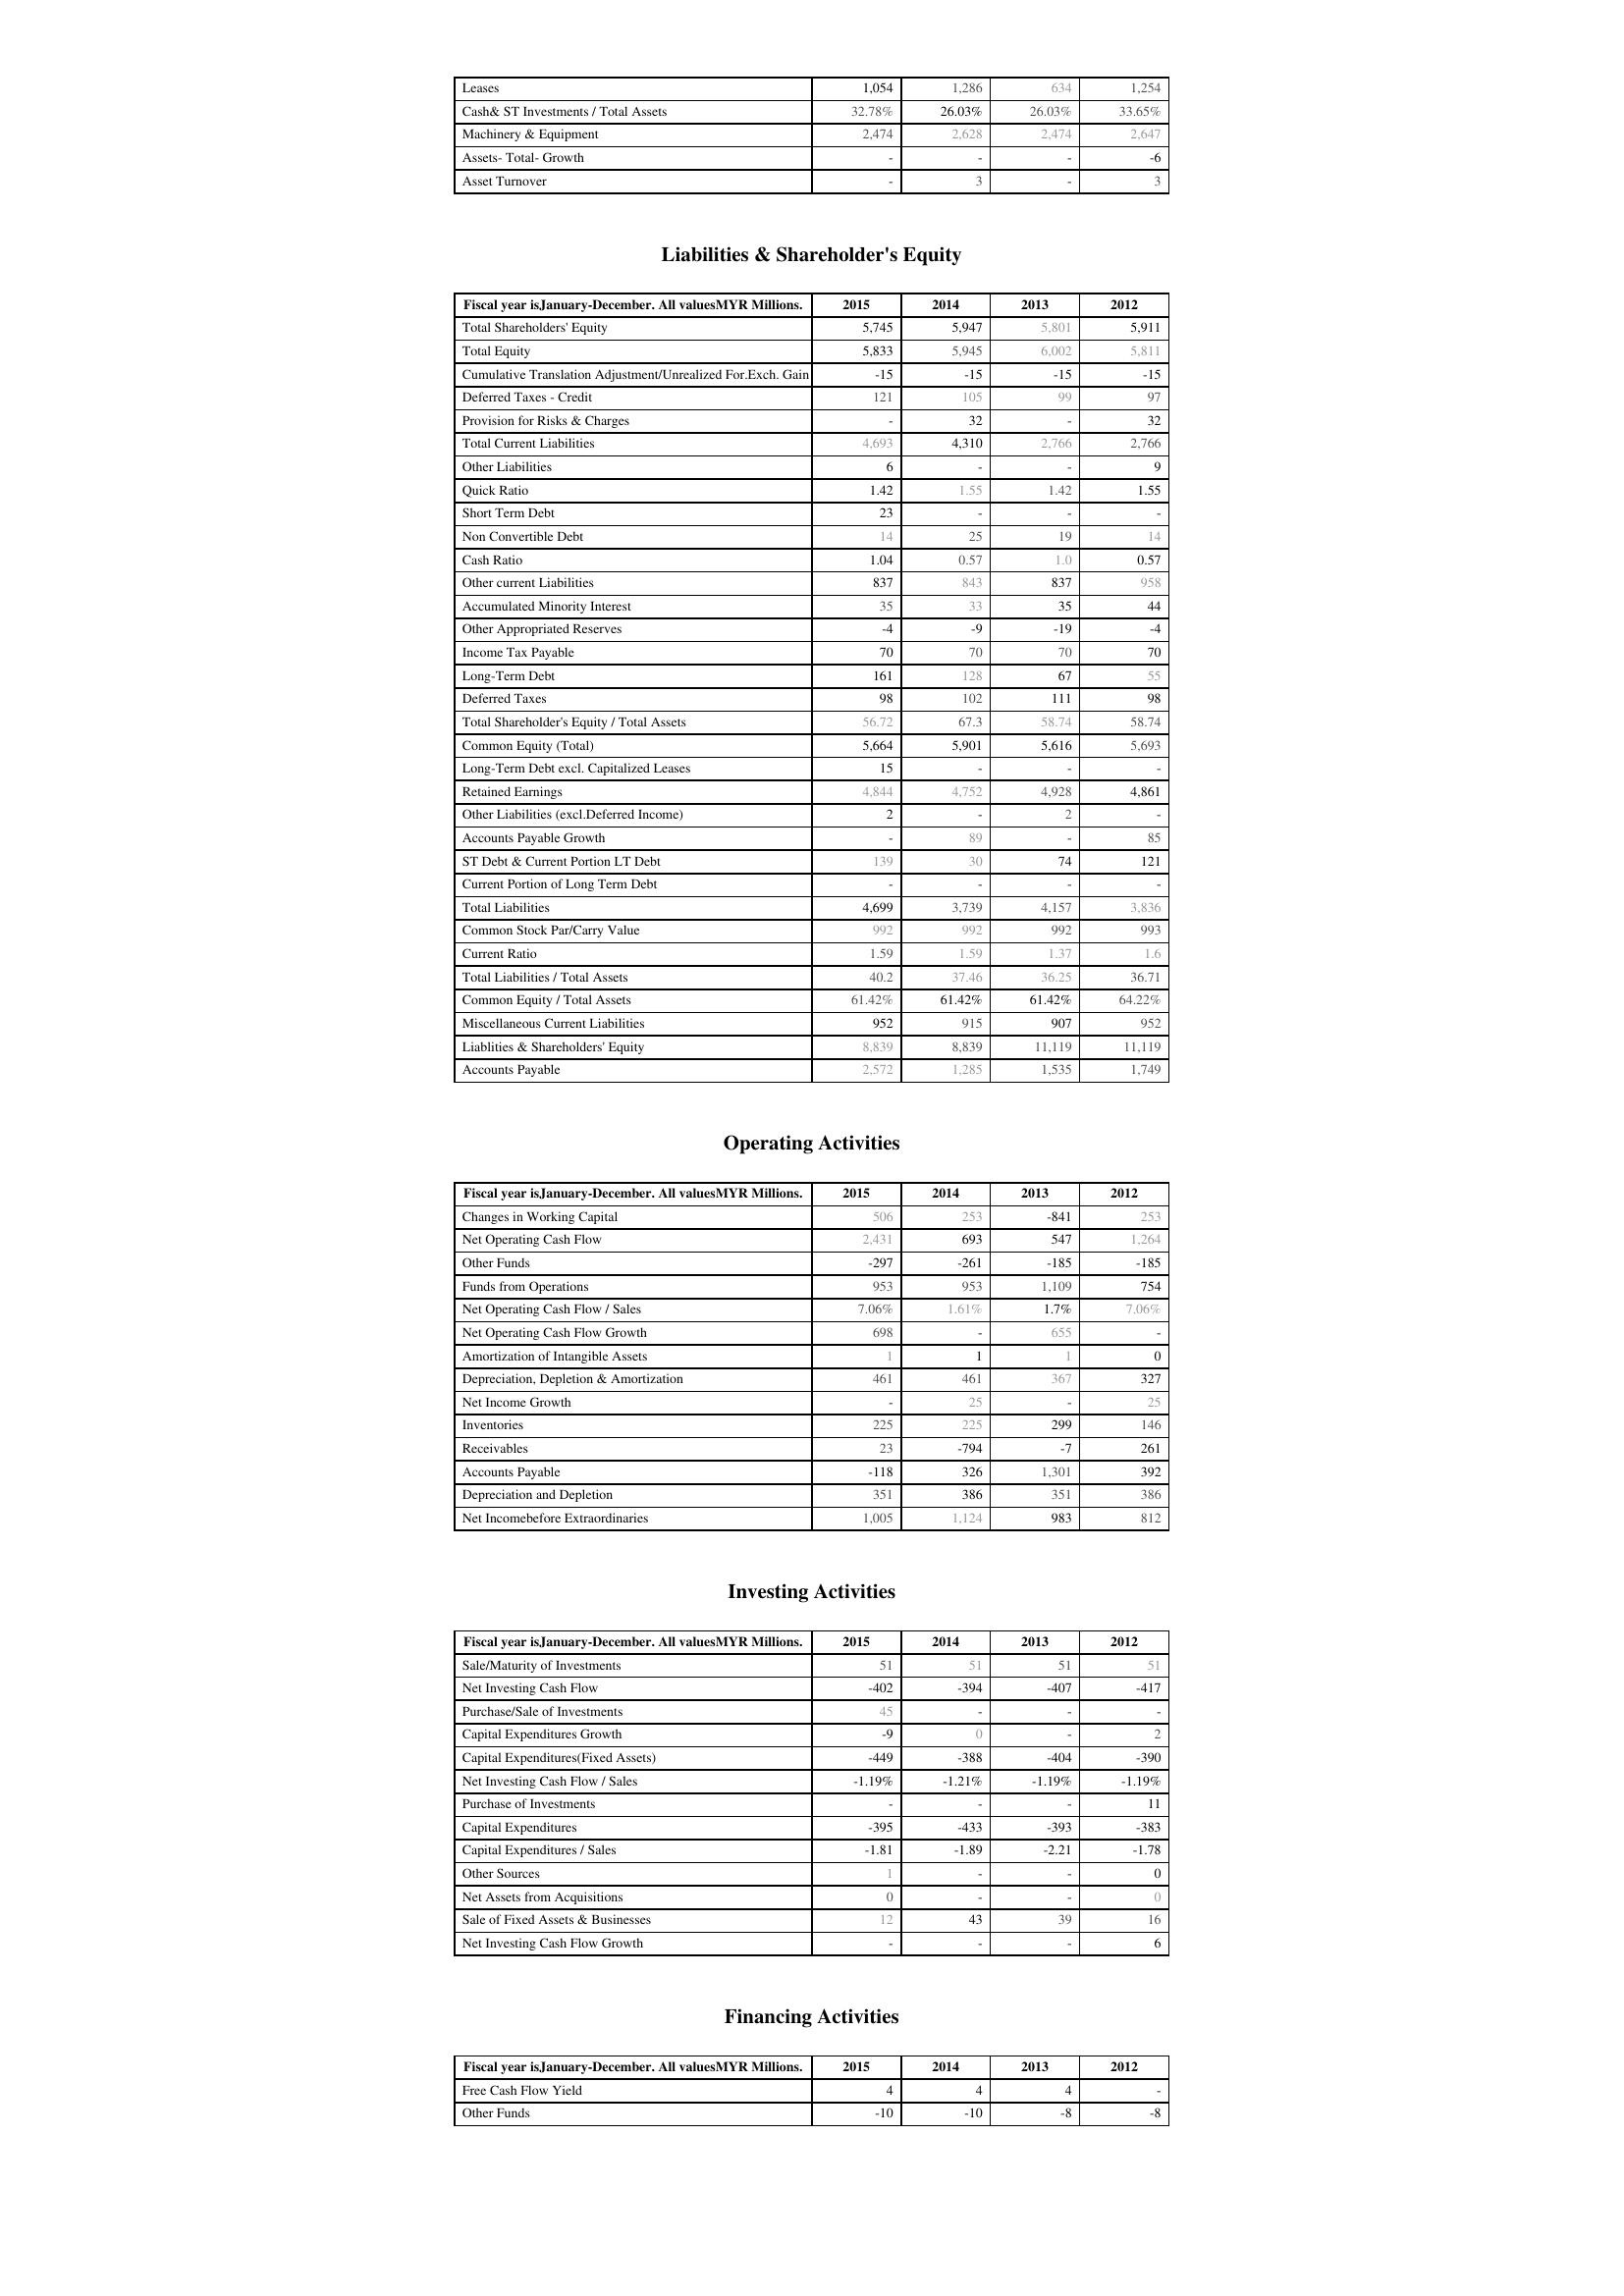
2015: Assets: Leases: 1,054
Cash& ST Investments / Total Assets: 32.78%
Machinery & Equipment: 2,474
Assets- Total- Growth: -
Asset Turnover: -
Liabilities & Shareholder's Equity: Total Shareholders' Equity: 5,745
Total Equity: 5,833
Cumulative Translation Adjustment/Unrealized For.Exch. Gain: -15
Deferred Taxes - Credit: 121
Provision for Risks & Charges: -
Total Current Liabilities: 4,693
Other Liabilities: 6
Quick Ratio: 1.42
Short Term Debt: 23
Non Convertible Debt: 14
Cash Ratio: 1.04
Other current Liabilities: 837
Accumulated Minority Interest: 35
Other Appropriated Reserves: -4
Income Tax Payable: 70
Long-Term Debt: 161
Deferred Taxes: 98
Total Shareholder's Equity / Total Assets: 56.72
Common Equity (Total): 5,664
Long-Term Debt excl. Capitalized Leases: 15
Retained Earnings: 4,844
Other Liabilities (excl.Deferred Income): 2
Accounts Payable Growth: -
ST Debt & Current Portion LT Debt: 139
Current Portion of Long Term Debt: -
Total Liabilities: 4,699
Common Stock Par/Carry Value: 992
Current Ratio: 1.59
Total Liabilities / Total Assets: 40.2
Common Equity / Total Assets: 61.42%
Miscellaneous Current Liabilities: 952
Liablities & Shareholders' Equity: 8,839
Accounts Payable: 2,572
Operating Activities: Changes in Working Capital: 506
Net Operating Cash Flow: 2,431
Other Funds: -297
Funds from Operations: 953
Net Operating Cash Flow / Sales: 7.06%
Net Operating Cash Flow Growth: 698
Amortization of Intangible Assets: 1
Depreciation, Depletion & Amortization: 461
Net Income Growth: -
Inventories: 225
Receivables: 23
Accounts Payable: -118
Depreciation and Depletion: 351
Net Incomebefore Extraordinaries: 1,005
Investing Activities: Sale/Maturity of Investments: 51
Net Investing Cash Flow: -402
Purchase/Sale of Investments: 45
Capital Expenditures Growth: -9
Capital Expenditures(Fixed Assets): -449
Net Investing Cash Flow / Sales: -1.19%
Purchase of Investments: -
Capital Expenditures: -395
Capital Expenditures / Sales: -1.81
Other Sources: 1
Net Assets from Acquisitions: 0
Sale of Fixed Assets & Businesses: 12
Net Investing Cash Flow Growth: -
Financing Activities: Free Cash Flow Yield: 4
Other Funds: -10
2014: Assets: Leases: 1,286
Cash& ST Investments / Total Assets: 26.03%
Machinery & Equipment: 2,628
Assets- Total- Growth: -
Asset Turnover: 3
Liabilities & Shareholder's Equity: Total Shareholders' Equity: 5,947
Total Equity: 5,945
Cumulative Translation Adjustment/Unrealized For.Exch. Gain: -15
Deferred Taxes - Credit: 105
Provision for Risks & Charges: 32
Total Current Liabilities: 4,310
Other Liabilities: -
Quick Ratio: 1.55
Short Term Debt: -
Non Convertible Debt: 25
Cash Ratio: 0.57
Other current Liabilities: 843
Accumulated Minority Interest: 33
Other Appropriated Reserves: -9
Income Tax Payable: 70
Long-Term Debt: 128
Deferred Taxes: 102
Total Shareholder's Equity / Total Assets: 67.3
Common Equity (Total): 5,901
Long-Term Debt excl. Capitalized Leases: -
Retained Earnings: 4,752
Other Liabilities (excl.Deferred Income): -
Accounts Payable Growth: 89
ST Debt & Current Portion LT Debt: 30
Current Portion of Long Term Debt: -
Total Liabilities: 3,739
Common Stock Par/Carry Value: 992
Current Ratio: 1.59
Total Liabilities / Total Assets: 37.46
Common Equity / Total Assets: 61.42%
Miscellaneous Current Liabilities: 915
Liablities & Shareholders' Equity: 8,839
Accounts Payable: 1,285
Operating Activities: Changes in Working Capital: 253
Net Operating Cash Flow: 693
Other Funds: -261
Funds from Operations: 953
Net Operating Cash Flow / Sales: 1.61%
Net Operating Cash Flow Growth: -
Amortization of Intangible Assets: 1
Depreciation, Depletion & Amortization: 461
Net Income Growth: 25
Inventories: 225
Receivables: -794
Accounts Payable: 326
Depreciation and Depletion: 386
Net Incomebefore Extraordinaries: 1,124
Investing Activities: Sale/Maturity of Investments: 51
Net Investing Cash Flow: -394
Purchase/Sale of Investments: -
Capital Expenditures Growth: 0
Capital Expenditures(Fixed Assets): -388
Net Investing Cash Flow / Sales: -1.21%
Purchase of Investments: -
Capital Expenditures: -433
Capital Expenditures / Sales: -1.89
Other Sources: -
Net Assets from Acquisitions: -
Sale of Fixed Assets & Businesses: 43
Net Investing Cash Flow Growth: -
Financing Activities: Free Cash Flow Yield: 4
Other Funds: -10
2013: Assets: Leases: 634
Cash& ST Investments / Total Assets: 26.03%
Machinery & Equipment: 2,474
Assets- Total- Growth: -
Asset Turnover: -
Liabilities & Shareholder's Equity: Total Shareholders' Equity: 5,801
Total Equity: 6,002
Cumulative Translation Adjustment/Unrealized For.Exch. Gain: -15
Deferred Taxes - Credit: 99
Provision for Risks & Charges: -
Total Current Liabilities: 2,766
Other Liabilities: -
Quick Ratio: 1.42
Short Term Debt: -
Non Convertible Debt: 19
Cash Ratio: 1.0
Other current Liabilities: 837
Accumulated Minority Interest: 35
Other Appropriated Reserves: -19
Income Tax Payable: 70
Long-Term Debt: 67
Deferred Taxes: 111
Total Shareholder's Equity / Total Assets: 58.74
Common Equity (Total): 5,616
Long-Term Debt excl. Capitalized Leases: -
Retained Earnings: 4,928
Other Liabilities (excl.Deferred Income): 2
Accounts Payable Growth: -
ST Debt & Current Portion LT Debt: 74
Current Portion of Long Term Debt: -
Total Liabilities: 4,157
Common Stock Par/Carry Value: 992
Current Ratio: 1.37
Total Liabilities / Total Assets: 36.25
Common Equity / Total Assets: 61.42%
Miscellaneous Current Liabilities: 907
Liablities & Shareholders' Equity: 11,119
Accounts Payable: 1,535
Operating Activities: Changes in Working Capital: -841
Net Operating Cash Flow: 547
Other Funds: -185
Funds from Operations: 1,109
Net Operating Cash Flow / Sales: 1.7%
Net Operating Cash Flow Growth: 655
Amortization of Intangible Assets: 1
Depreciation, Depletion & Amortization: 367
Net Income Growth: -
Inventories: 299
Receivables: -7
Accounts Payable: 1,301
Depreciation and Depletion: 351
Net Incomebefore Extraordinaries: 983
Investing Activities: Sale/Maturity of Investments: 51
Net Investing Cash Flow: -407
Purchase/Sale of Investments: -
Capital Expenditures Growth: -
Capital Expenditures(Fixed Assets): -404
Net Investing Cash Flow / Sales: -1.19%
Purchase of Investments: -
Capital Expenditures: -393
Capital Expenditures / Sales: -2.21
Other Sources: -
Net Assets from Acquisitions: -
Sale of Fixed Assets & Businesses: 39
Net Investing Cash Flow Growth: -
Financing Activities: Free Cash Flow Yield: 4
Other Funds: -8
2012: Assets: Leases: 1,254
Cash& ST Investments / Total Assets: 33.65%
Machinery & Equipment: 2,647
Assets- Total- Growth: -6
Asset Turnover: 3
Liabilities & Shareholder's Equity: Total Shareholders' Equity: 5,911
Total Equity: 5,811
Cumulative Translation Adjustment/Unrealized For.Exch. Gain: -15
Deferred Taxes - Credit: 97
Provision for Risks & Charges: 32
Total Current Liabilities: 2,766
Other Liabilities: 9
Quick Ratio: 1.55
Short Term Debt: -
Non Convertible Debt: 14
Cash Ratio: 0.57
Other current Liabilities: 958
Accumulated Minority Interest: 44
Other Appropriated Reserves: -4
Income Tax Payable: 70
Long-Term Debt: 55
Deferred Taxes: 98
Total Shareholder's Equity / Total Assets: 58.74
Common Equity (Total): 5,693
Long-Term Debt excl. Capitalized Leases: -
Retained Earnings: 4,861
Other Liabilities (excl.Deferred Income): -
Accounts Payable Growth: 85
ST Debt & Current Portion LT Debt: 121
Current Portion of Long Term Debt: -
Total Liabilities: 3,836
Common Stock Par/Carry Value: 993
Current Ratio: 1.6
Total Liabilities / Total Assets: 36.71
Common Equity / Total Assets: 64.22%
Miscellaneous Current Liabilities: 952
Liablities & Shareholders' Equity: 11,119
Accounts Payable: 1,749
Operating Activities: Changes in Working Capital: 253
Net Operating Cash Flow: 1,264
Other Funds: -185
Funds from Operations: 754
Net Operating Cash Flow / Sales: 7.06%
Net Operating Cash Flow Growth: -
Amortization of Intangible Assets: 0
Depreciation, Depletion & Amortization: 327
Net Income Growth: 25
Inventories: 146
Receivables: 261
Accounts Payable: 392
Depreciation and Depletion: 386
Net Incomebefore Extraordinaries: 812
Investing Activities: Sale/Maturity of Investments: 51
Net Investing Cash Flow: -417
Purchase/Sale of Investments: -
Capital Expenditures Growth: 2
Capital Expenditures(Fixed Assets): -390
Net Investing Cash Flow / Sales: -1.19%
Purchase of Investments: 11
Capital Expenditures: -383
Capital Expenditures / Sales: -1.78
Other Sources: 0
Net Assets from Acquisitions: 0
Sale of Fixed Assets & Businesses: 16
Net Investing Cash Flow Growth: 6
Financing Activities: Free Cash Flow Yield: -
Other Funds: -8